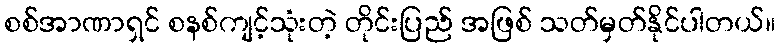
စစ်အာဏာရှင် စနစ်ကျင့်သုံးတဲ့ တိုင်းပြည် အဖြစ် သတ်မှတ်နိုင်ပါတယ်။